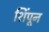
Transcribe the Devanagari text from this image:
शिंपून